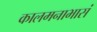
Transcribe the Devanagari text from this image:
कालमनाभासं